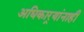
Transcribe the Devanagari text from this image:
अधिकार्‍यांनाही